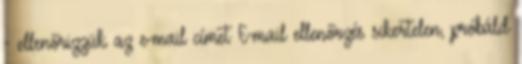
- ellenőrizzük az e-mail címet E-mail ellenőrzés sikertelen, próbáld